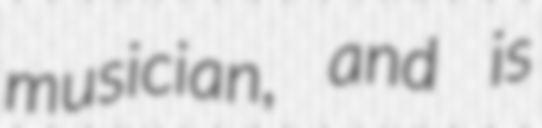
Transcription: musician, and is